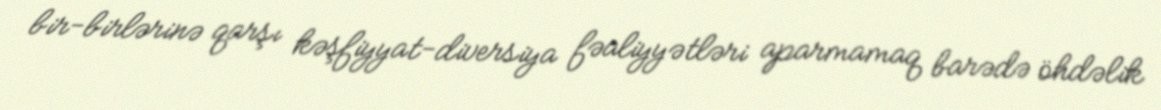
bir-birlərinə qarşı kəşfiyyat-diversiya fəaliyyətləri aparmamaq barədə öhdəlik